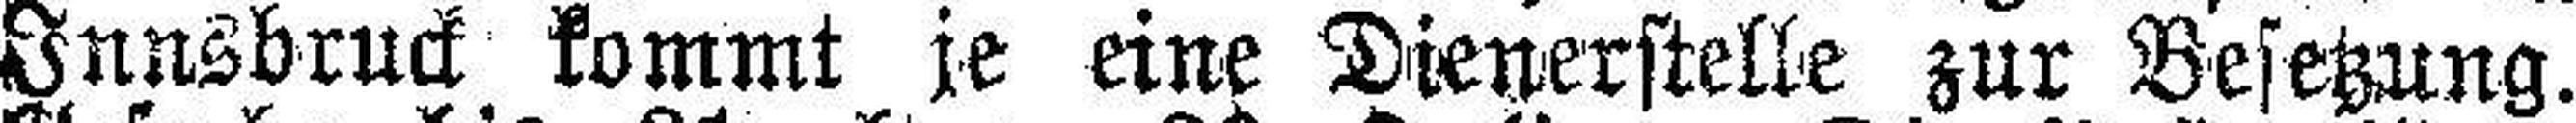
Innsbruck kommt je eine Dienerstelle zur Besetzung.